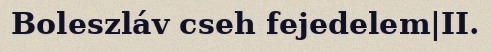
Boleszláv cseh fejedelem|II.